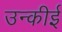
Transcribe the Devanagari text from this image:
उन्कीई